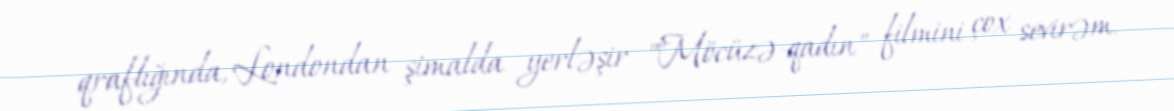
qraflığında, Londondan şimalda yerləşir ""Möcüzə-qadın" filmini çox sevirəm.